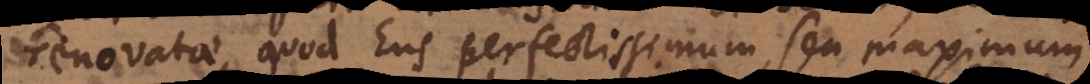
renovatae, quod Ens perfectissimum, seu maximum,